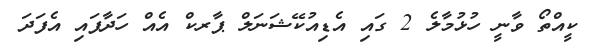
ކީއްތޯ ވާނީ ހުޅުމާލެ 2 ގައި އެޑިއުކޭޝަނަލް ޕާރކް އެއް ހަދާފައި އެފަދަ